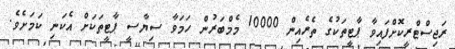
ރަޖިސްޓްރީކޮށްފައިވާ ޕާޓީތަކުގެ ތެރެއިން 10000 މެމްބަރުން ހަމަވާ ސިޔާސީ ޕާޓީތަކަށް އެކަނި ކަމަށެވެ.